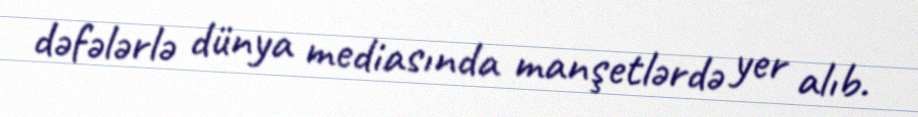
dəfələrlə dünya mediasında manşetlərdə yer alıb.